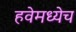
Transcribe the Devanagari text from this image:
हवेमध्येच